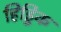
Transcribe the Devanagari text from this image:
हिड्डिंक